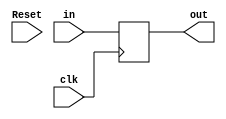
`timescale 1ns / 1ps

module DFF_32bits(
    input clk,
    input Reset,
    input [31:0] in,
    output reg [31:0] out
    );
    
    always @(posedge clk/* or negedge Reset*/) begin
        //if(Reset==0) out <= 0;
        /*else*/ out <= in;
    end
    
endmodule